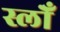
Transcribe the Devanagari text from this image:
स्लोँ